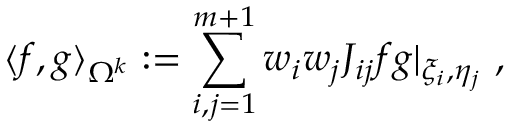
\langle f , g \rangle _ { \Omega ^ { k } } : = \sum _ { i , j = 1 } ^ { m + 1 } { w _ { i } w _ { j } J _ { i j } f g | _ { \xi _ { i } , \eta _ { j } } } \mathrm { ~ , ~ }